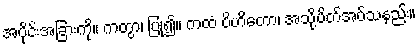
အပိုင်းအခြားကို။ ကတွာ၊ ပြု၍။ ကထံ ပိဟိတော၊ အသို့ပိတ်အပ်သနည်း။